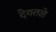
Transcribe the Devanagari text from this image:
देवतळे